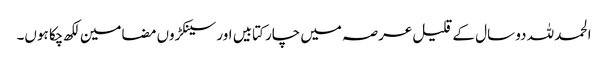
الحمد للہ دو سال کے قلیل عرصہ میں چار کتابیں اور سینکڑوں مضامین لکھ چکا ہوں۔